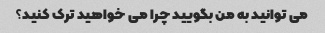
می توانید به من بگویید چرا می خواهید ترک کنید؟